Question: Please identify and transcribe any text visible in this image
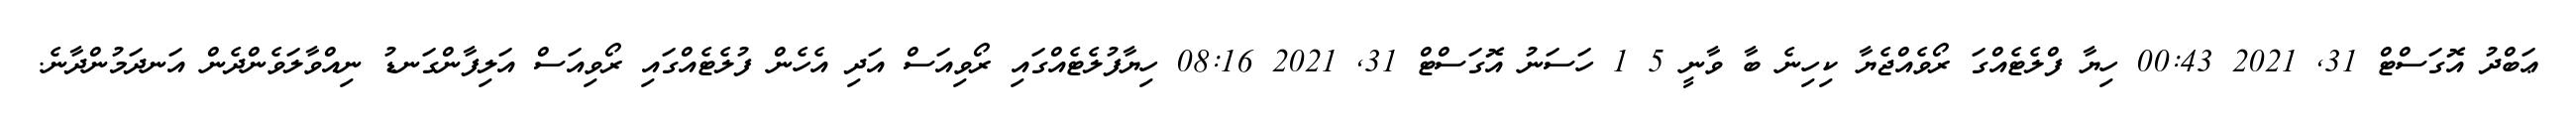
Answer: ޢަބްދު އޮގަސްޓް 31, 2021 00:43 ހިޔާ ފްލެޓެއްގަ ރޯވެއްޖެޔާ ކިހިނެ ބާ ވާނީ 5 1 ހަސަނު އޮގަސްޓް 31, 2021 08:16 ހިޔާފުލެޓެއްގައި ރޯވިއަސް އަދި އެހެން ފުލެޓެއްގައި ރޯވިއަސް އަލިފާންގަނޑު ނިއްވާލަވެންދެން އަނދަމުންދާނެ.